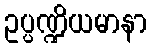
ဥပ္ပဏ္ဍိယမာနာ